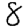
Digit: 8